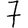
Digit: 7